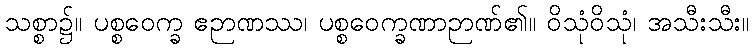
သစ္စာ၌။ ပစ္စဝေက္ခ ဧဉာဏဿ၊ ပစ္စဝေက္ခဏာဉာဏ်၏။ ဝိသုံဝိသုံ၊ အသီးသီး။